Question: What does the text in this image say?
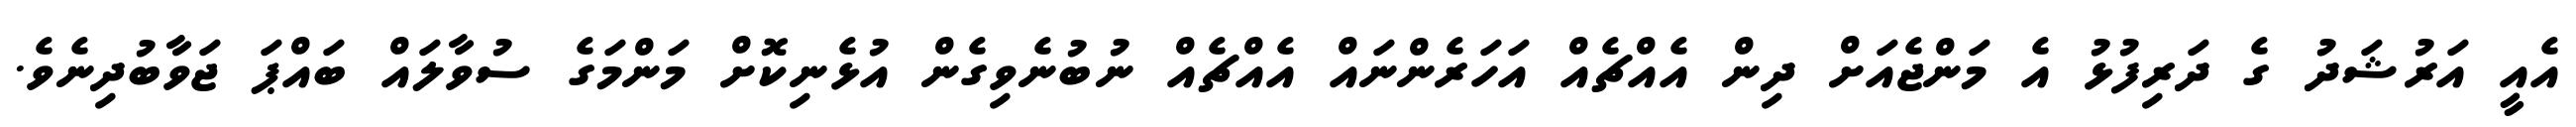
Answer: އެއީ އަރުޝަދު ގެ ދަރިފުޅު އެ މަންޖެއަށް ދިން އެއްޗެއް އަހަރެންނައް އެއްޗެއް ނުބުނެވިގެން އުޅެނިކޮށް މަންމަގެ ސުވާލައް ބައްޕަ ޖަވާބުދިނެވެ.